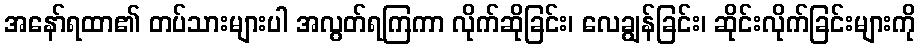
အနော်ရထာ၏ တပ်သားများပါ အလွတ်ရကြကာ လိုက်ဆိုခြင်း၊ လေချွန်ခြင်း၊ ဆိုင်းလိုက်ခြင်းများကို